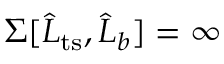
\Sigma [ \widehat { L } _ { \mathrm { t s } } , \widehat { L } _ { b } ] = \infty